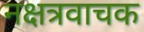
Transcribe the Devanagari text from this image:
नक्षत्रवाचक